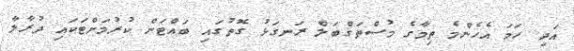
އަދި ހަމަ އެހެންމެ ތިމާގެ މުސްތަޤްބަލް ރަނގަޅު ގޮތުގައި ބައްޓަން ކުރުމަށްޓަކައި ދުރާލާ